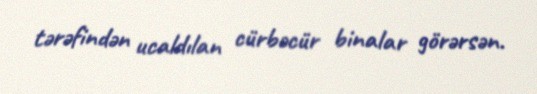
tərəfindən ucaldılan cürbəcür binalar görərsən.